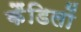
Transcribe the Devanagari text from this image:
कैंडिलों